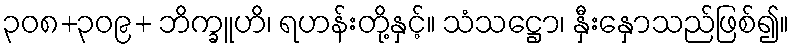
၃၀၈+၃၀၉+ ဘိက္ခူဟိ၊ ရဟန်းတို့နှင့်။ သံသဋ္ဌော၊ နှီးနှောသည်ဖြစ်၍။